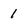
Character: 1